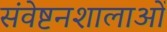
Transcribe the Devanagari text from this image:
संवेष्टनशालाओं